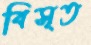
বিসৃত